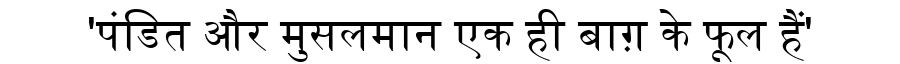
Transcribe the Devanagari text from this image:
'पंडित और मुसलमान एक ही बाग़ के फूल हैं'